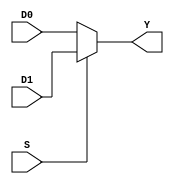
// Module name: mux21
// Module Desc: 2 to 1 32-bit (default) multiplexer
// Inputs: 
//		D0, D1 - n bit data inputs
//		S - 1 bit select line 
// Outputs: Y - n bit switched output
// Internal parameters: WIDTH, number of bits per input/output
// Function: standard MUX

module mux21(
D0,
D1,
S,
Y
);

parameter WIDTH = 32;

input [WIDTH-1:0] D0;
input [WIDTH-1:0] D1;
input S;
output [WIDTH-1:0] Y;
wire [WIDTH-1:0] D0;
wire [WIDTH-1:0] D1; 
wire S;
wire [WIDTH-1:0] Y;

assign Y = S ? D1 : D0;
endmodule

// Module name: mux41
// Module Desc: 4 to 1 32-bit (default) multiplexer
// Inputs: 
//		D0, D1, D2, D3 -  data inputs
//		S - 2 bit select line 
// Outputs: Y -  switched output
// Internal parameters: WIDTH - bit size of inputs/output
// Function: standard MUX

module mux41(
D0,	// input for S = 00
D1, // input for S = 01
D2, // input for S = 10
D3, // input for S = 11
S,  // 2-bit select line
Y	// switched output
);

parameter WIDTH = 32;

input [WIDTH-1:0] D0;
input [WIDTH-1:0] D1;
input [WIDTH-1:0] D2;
input [WIDTH-1:0] D3;  
input [1:0] S;
output [WIDTH-1:0] Y;
wire [WIDTH-1:0] D0;
wire [WIDTH-1:0] D1;
wire [WIDTH-1:0] D2;
wire [WIDTH-1:0] D3;
wire [WIDTH-1:0] Y;
wire [1:0] S;

assign Y = S[1]?(S[0]? D2:D3):(S[0]?D0:D1);
endmodule